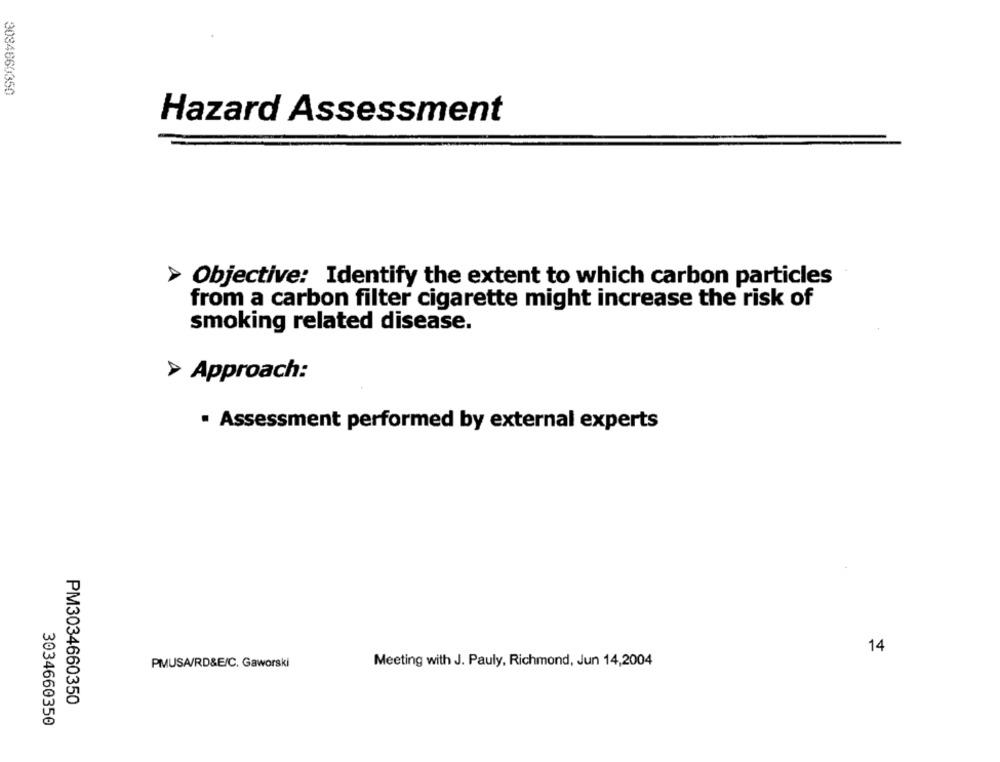
3084660350
Hazard Assessment
Objective: Identify the extent to which carbon particles
from a carbon filter cigarette might increase the risk of
smoking related disease.
> Approach:
· Assessment performed by external experts
14
Meeting with J. Pauly, Richmond, Jun 14,2004
PMUSA/RD&E/C. Gaworski
PM3034660350
3034660350